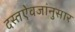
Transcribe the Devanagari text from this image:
दस्तऐवजांनुसार